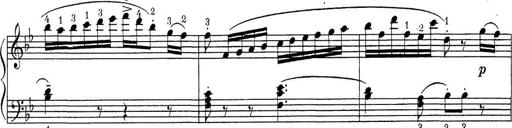
Title: ÄŒeskÃ© Sonatiny
Composer: Various